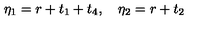
\eta _ { 1 } = r + t _ { 1 } + t _ { 4 } , \quad \eta _ { 2 } = r + t _ { 2 }